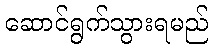
ဆောင်ရွက်သွားရမည်